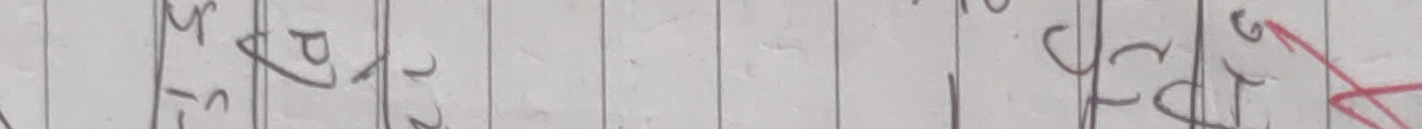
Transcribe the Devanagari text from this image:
मप्रप२ गस